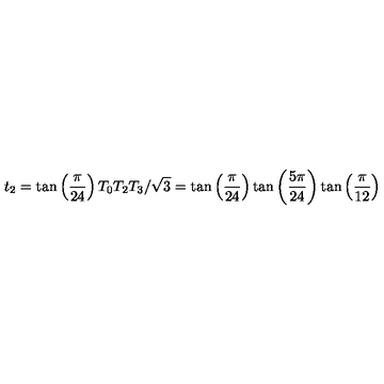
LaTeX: t _ { 2 } = \tan \left( \frac { \pi } { 2 4 } \right) T _ { 0 } T _ { 2 } T _ { 3 } / \sqrt { 3 } = \tan \left( \frac { \pi } { 2 4 } \right) \tan \left( \frac { 5 \pi } { 2 4 } \right) \tan \left( \frac { \pi } { 1 2 } \right)